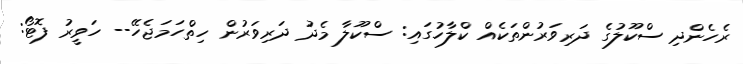
ރެހެންދި ސްކޫލުގެ ދަރިވަރުންތަކެއް ކްލާހުގައި: ސްކޫލާ މެދު ދަރިވަރުން ހިތްހަމަޖެހޭ-- ހަވީރު ފޮޓޯ: